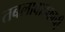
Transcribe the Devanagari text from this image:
तबलावादकाची